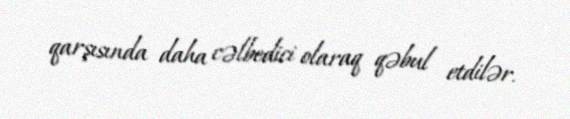
qarşısında daha cəlbedici olaraq qəbul etdilər.